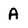
Character: A